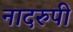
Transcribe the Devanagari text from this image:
नादरुपी